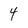
Character: 4